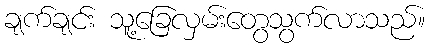
ချက်ချင်း သူ့ခြေလှမ်းတွေသွက်လာသည်။